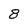
Character: 8